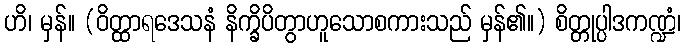
ဟိ၊ မှန်။ (ဝိတ္ထာရဒေသနံ နိက္ခိပိတွာဟူသောစကားသည် မှန်၏။) စိတ္တုပ္ပါဒကဏ္ဍံ၊